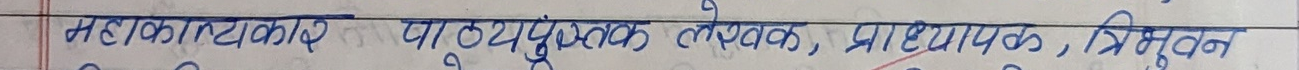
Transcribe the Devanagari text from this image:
महाकालकार पाठ्यपुस्तक लेखक, प्राध्यापक, त्रिभुवन